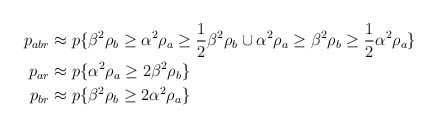
\begin{align*}\begin{aligned}p_{abr} &\approx p\{\beta^2 \rho_b \geq \alpha^2 \rho_a \geq \frac{1}{2} \beta^2\rho_b \cup \alpha^2\rho_a \geq \beta^2 \rho_b \geq \frac{1}{2} \alpha^2\rho_a \} \\p_{ar} &\approx p\{\alpha^2 \rho_a \geq 2 \beta^2\rho_b \} \\p_{br} &\approx p\{\beta^2 \rho_b \geq 2 \alpha^2\rho_a \} \end{aligned}\end{align*}